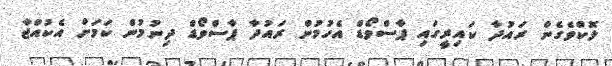
ލޮކްވެގެން ރައުދާ ކައިރީގައި ޕާސްވޯޑް އެހުމުން ރައުދާ ޕާސްވޯޑް ދިނުމުން ކަމަށް އެކުއްޖާ